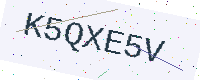
Text: K5QXE5V